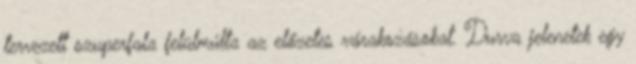
tervezett szuperfala felülmúlta az előzetes várakozásokat. Durva jelenetek egy